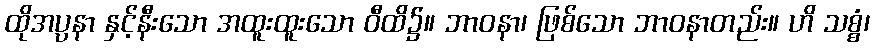
ထိုအပ္ပနာ နှင့်နီးသော အထူးထူးသော ဝီထိ၌။ ဘာဝနာ၊ ဖြစ်သော ဘာဝနာတည်း။ ဟိ သစ္စံ၊